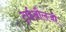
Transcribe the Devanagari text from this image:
ट्राईऔलजी